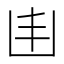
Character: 𠙾